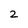
Character: 2